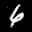
Label: 6